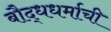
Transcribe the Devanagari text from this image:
बौद्धधर्माची